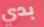
بدي